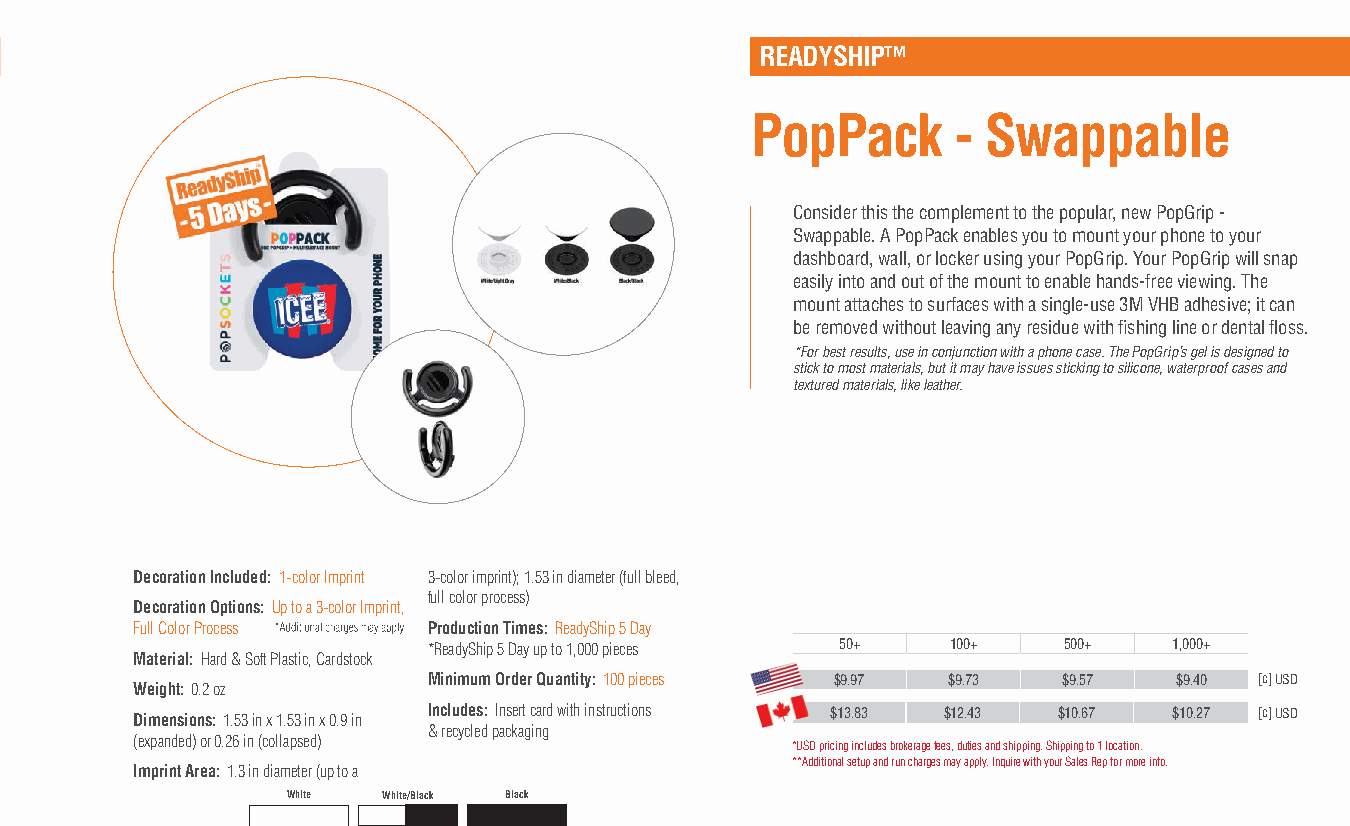
READYSHIP™
 PopPack      - Swappable
 Consider this the complement to the popular, new PopGrip -
 Swappable. A PopPack enables you to mount your phone to your
 dashboard, wall, or locker using your PopGrip. Your PopGrip will snap
 easily into and out of the mount to enable hands-free viewing. The
 mount attaches to surfaces with a single-use 3M VHB adhesive; it can
 be removed without leaving any residue with fishing line or dental floss.
 *For best results, use in conjunction with a phone case. The PopGrip’s gel is designed to
 stick to most materials, but it may have issues sticking to silicone, waterproof cases and
 textured materials, like leather.
 Decoration Included: 1-color Imprint 3-color imprint); 1.53 in diameter (full bleed,
 full color process)
 Decoration Options: Up to a 3-color Imprint,
 Full Color Process Production Times: ReadyShip 5 Day
 *ReadyShip 5 Day up to 1,000 pieces 50+ 100+ 500+ 1,000+
 Material: Hard & Soft Plastic, Cardstock
 Minimum Order Quantity: 100 pieces $9.97 $9.73 $9.57 $9.40 [c] USD
 Weight: 0.2 oz
 Dimensions: 1.53 in x 1.53 in x 0.9 in Includes: Insert card with instructions $13.83 $12.43 $10.67 $10.27 [c] USD
 & recycled packaging
 (expanded) or 0.26 in (collapsed)          *USD pricing includes brokerage fees, duties and shipping. Shipping to 1 location.
 **Additional setup and run charges may apply. Inquire with your Sales Rep for more info.
 Imprint Area: 1.3 in diameter (up to a
 White White/Black Black